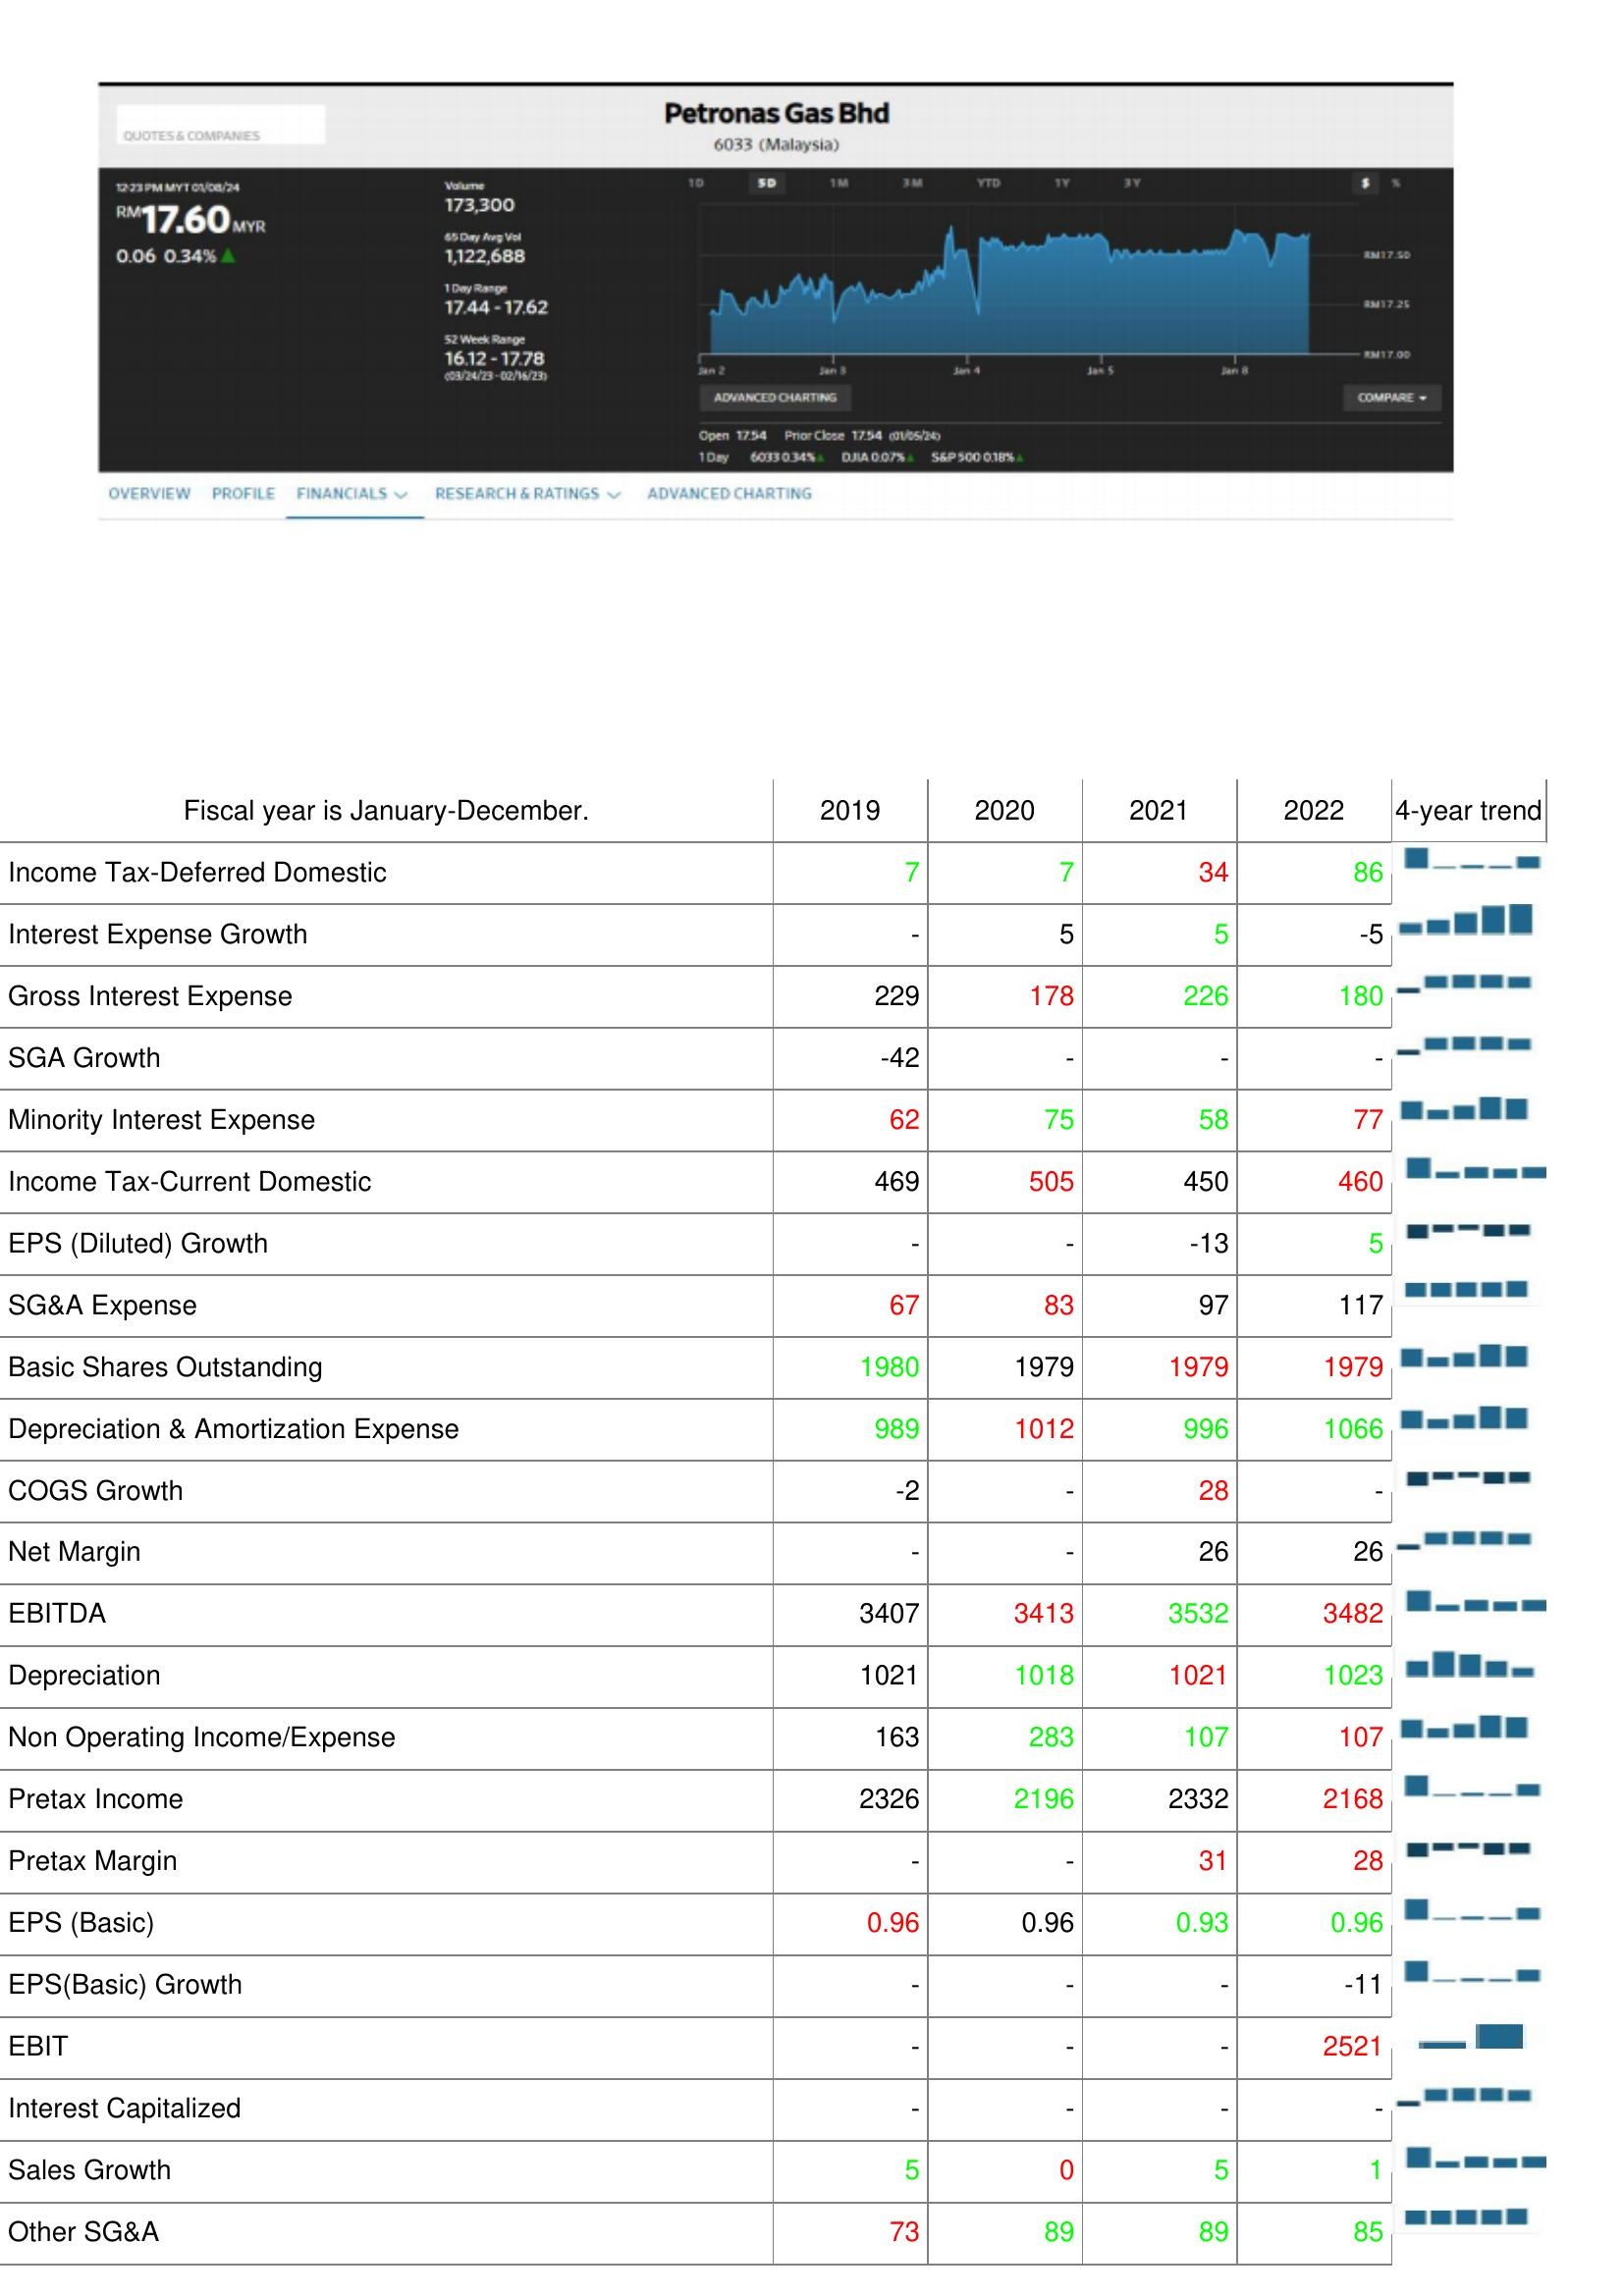
2019: : Income Tax-Deferred Domestic: 7
Interest Expense Growth: -
Gross Interest Expense: 229
SGA Growth: -42
Minority Interest Expense: 62
Income Tax-Current Domestic: 469
EPS (Diluted) Growth: -
SG&A Expense: 67
Basic Shares Outstanding: 1980
Depreciation & Amortization Expense: 989
COGS Growth: -2
Net Margin: -
EBITDA: 3407
Depreciation: 1021
Non Operating Income/Expense: 163
Pretax Income: 2326
Pretax Margin: -
EPS (Basic): 0.96
EPS(Basic) Growth: -
EBIT: -
Interest Capitalized: -
Sales Growth: 5
Other SG&A: 73
2020: : Income Tax-Deferred Domestic: 7
Interest Expense Growth: 5
Gross Interest Expense: 178
SGA Growth: -
Minority Interest Expense: 75
Income Tax-Current Domestic: 505
EPS (Diluted) Growth: -
SG&A Expense: 83
Basic Shares Outstanding: 1979
Depreciation & Amortization Expense: 1012
COGS Growth: -
Net Margin: -
EBITDA: 3413
Depreciation: 1018
Non Operating Income/Expense: 283
Pretax Income: 2196
Pretax Margin: -
EPS (Basic): 0.96
EPS(Basic) Growth: -
EBIT: -
Interest Capitalized: -
Sales Growth: 0
Other SG&A: 89
2021: : Income Tax-Deferred Domestic: 34
Interest Expense Growth: 5
Gross Interest Expense: 226
SGA Growth: -
Minority Interest Expense: 58
Income Tax-Current Domestic: 450
EPS (Diluted) Growth: -13
SG&A Expense: 97
Basic Shares Outstanding: 1979
Depreciation & Amortization Expense: 996
COGS Growth: 28
Net Margin: 26
EBITDA: 3532
Depreciation: 1021
Non Operating Income/Expense: 107
Pretax Income: 2332
Pretax Margin: 31
EPS (Basic): 0.93
EPS(Basic) Growth: -
EBIT: -
Interest Capitalized: -
Sales Growth: 5
Other SG&A: 89
2022: : Income Tax-Deferred Domestic: 86
Interest Expense Growth: -5
Gross Interest Expense: 180
SGA Growth: -
Minority Interest Expense: 77
Income Tax-Current Domestic: 460
EPS (Diluted) Growth: 5
SG&A Expense: 117
Basic Shares Outstanding: 1979
Depreciation & Amortization Expense: 1066
COGS Growth: -
Net Margin: 26
EBITDA: 3482
Depreciation: 1023
Non Operating Income/Expense: 107
Pretax Income: 2168
Pretax Margin: 28
EPS (Basic): 0.96
EPS(Basic) Growth: -11
EBIT: 2521
Interest Capitalized: -
Sales Growth: 1
Other SG&A: 85